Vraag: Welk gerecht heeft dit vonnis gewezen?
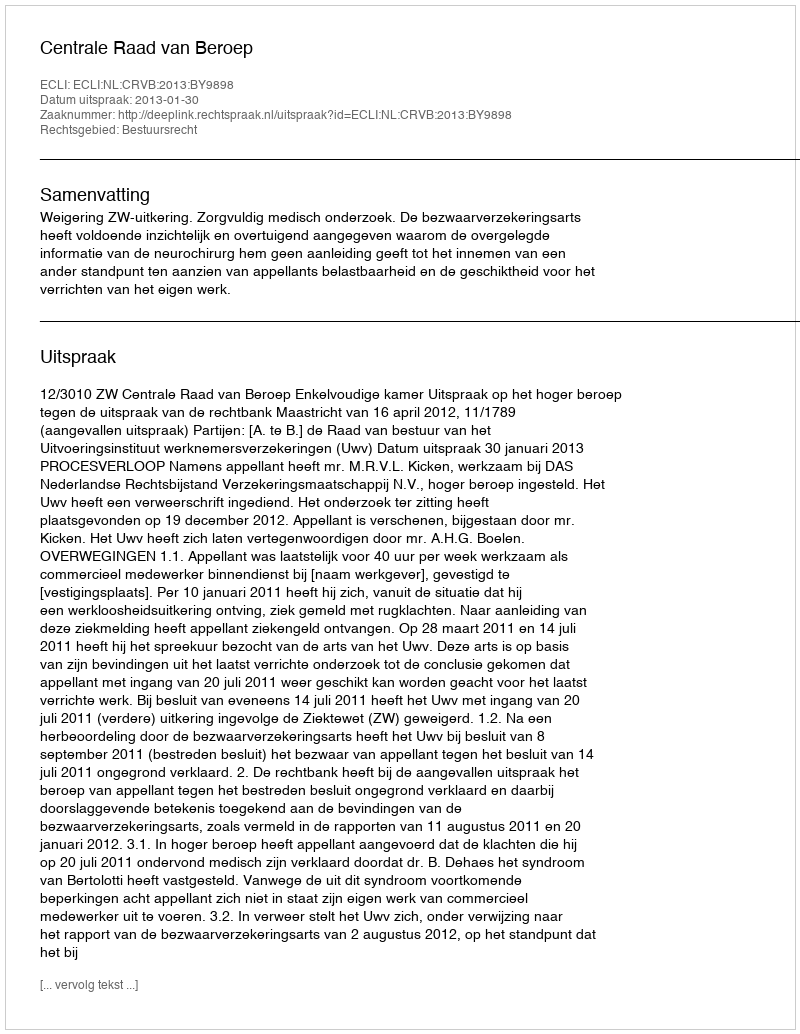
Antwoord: Centrale Raad van Beroep